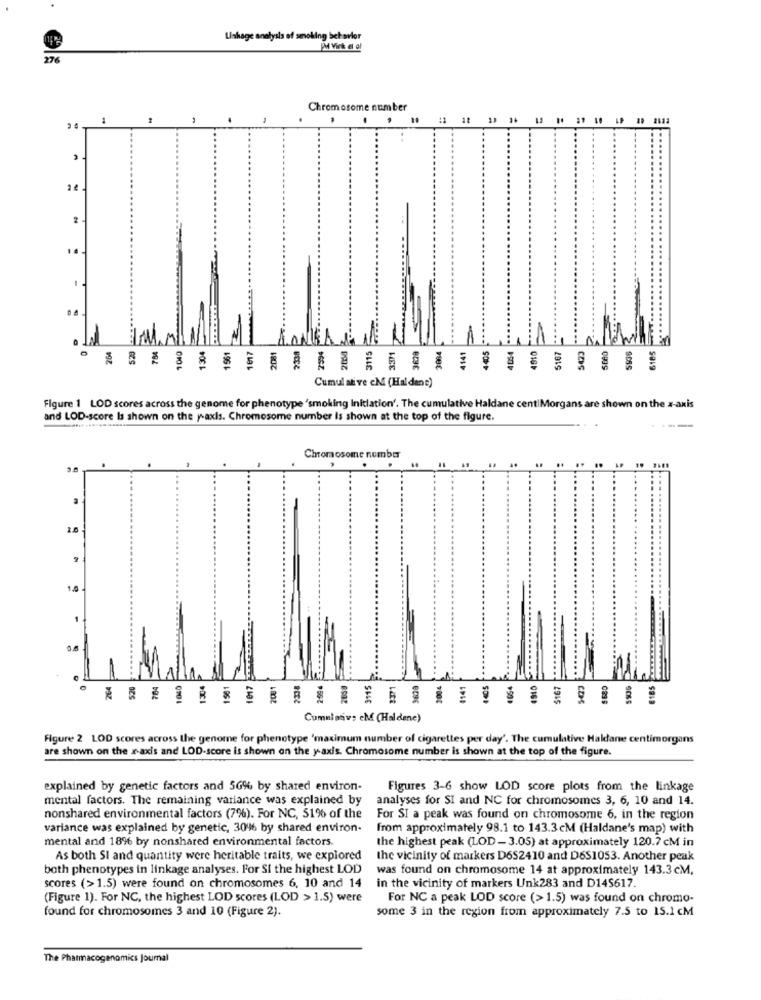
Linkage analysis of smoking behavior
PM Virk el al
276
Chromosome number
.
18
2182
14.
523
1405
4010
SEBO
6185
264
1040
1304
561
338
3629
1141
4054
5167
Cumul ative eMi (Halden:)
Figure 1 LOD scores across the genome for phenotype 'smoking Inilation'. The cumulative Halda
are shown
n the x-axis
and LOD-score Is shown on the y-axis. Chromosome number is shown at the top of the figure.
Chromosome nember
264
520
784
1000
1304
1581
2:596
2659
115
3628
1141
054
4910
5167
Cumulative eM (Haldene)
Figure 2 LOD scores across the genome for phenotype 'maximum number of cigarettes per day'. The cumulative Haldane centimorgans
are shown on the x-axis and LOD-score is shown on the y-axis. Chromosome number is shown at the top of the figure.
explained by genetic factors and 56%, by shared environ-
Figures 3-6 show LOD score plots from the linkage
mental factors. The remaining variance was explained by
analyses for SI and NC for chromosomes 3, 6, 10 and 14.
nonshared environmental factors (7%). For NC, 51% of the
For SI a peak was found on chromosome 6, in the region
variance was explained by genetic, 3046 by shared environ-
from approximately 98.1 to 143.3cM (Haldane's map) with
mental and 1896 by nonshared environmental factors.
the highest peak (LOD-3.05) at approximately 120.7 cM in
As both SI and quantity were heritable traits, we explored
the vicinity of markers D652410 and D651053. Another peak
both phenotypes in linkage analyses. For Si the highest LOD
was found on chromosome 14 at approximately 143.3cM.
scores (>1.5) were found on chromosomes 6, 10 and 14
in the vicinity of markers Unk283 and D145617.
(Figure 1). For NC, the highest LOD scores (LOD > 1.5) were
For NC a peak LOD score (> 1.5) was found on chromo-
some 3 in the region from approximately 7.5 to 15.1 CM
found for chromosomes 3 and 10 (Figure 2).
The Pharmacogenomics Journal